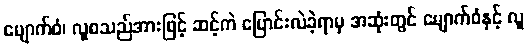
မျောက်ဝံ၊ လူစသည်အားဖြင့် ဆင့်ကဲ ပြောင်းလဲခဲ့ရာမှ အဆုံးတွင် မျောက်ဝံနှင့် လူ